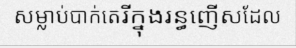
សម្លាប់បាក់តេរីក្នុងរន្ធញើសដែល